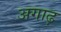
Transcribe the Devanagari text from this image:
अगाढ़